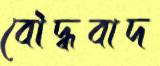
বৌদ্ধবাদ